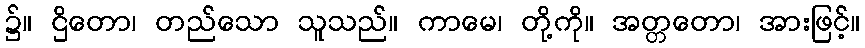
၌။ ဌိတော၊ တည်သော သူသည်။ ကာမေ၊ တို့ကို။ အတ္တတော၊ အားဖြင့်။